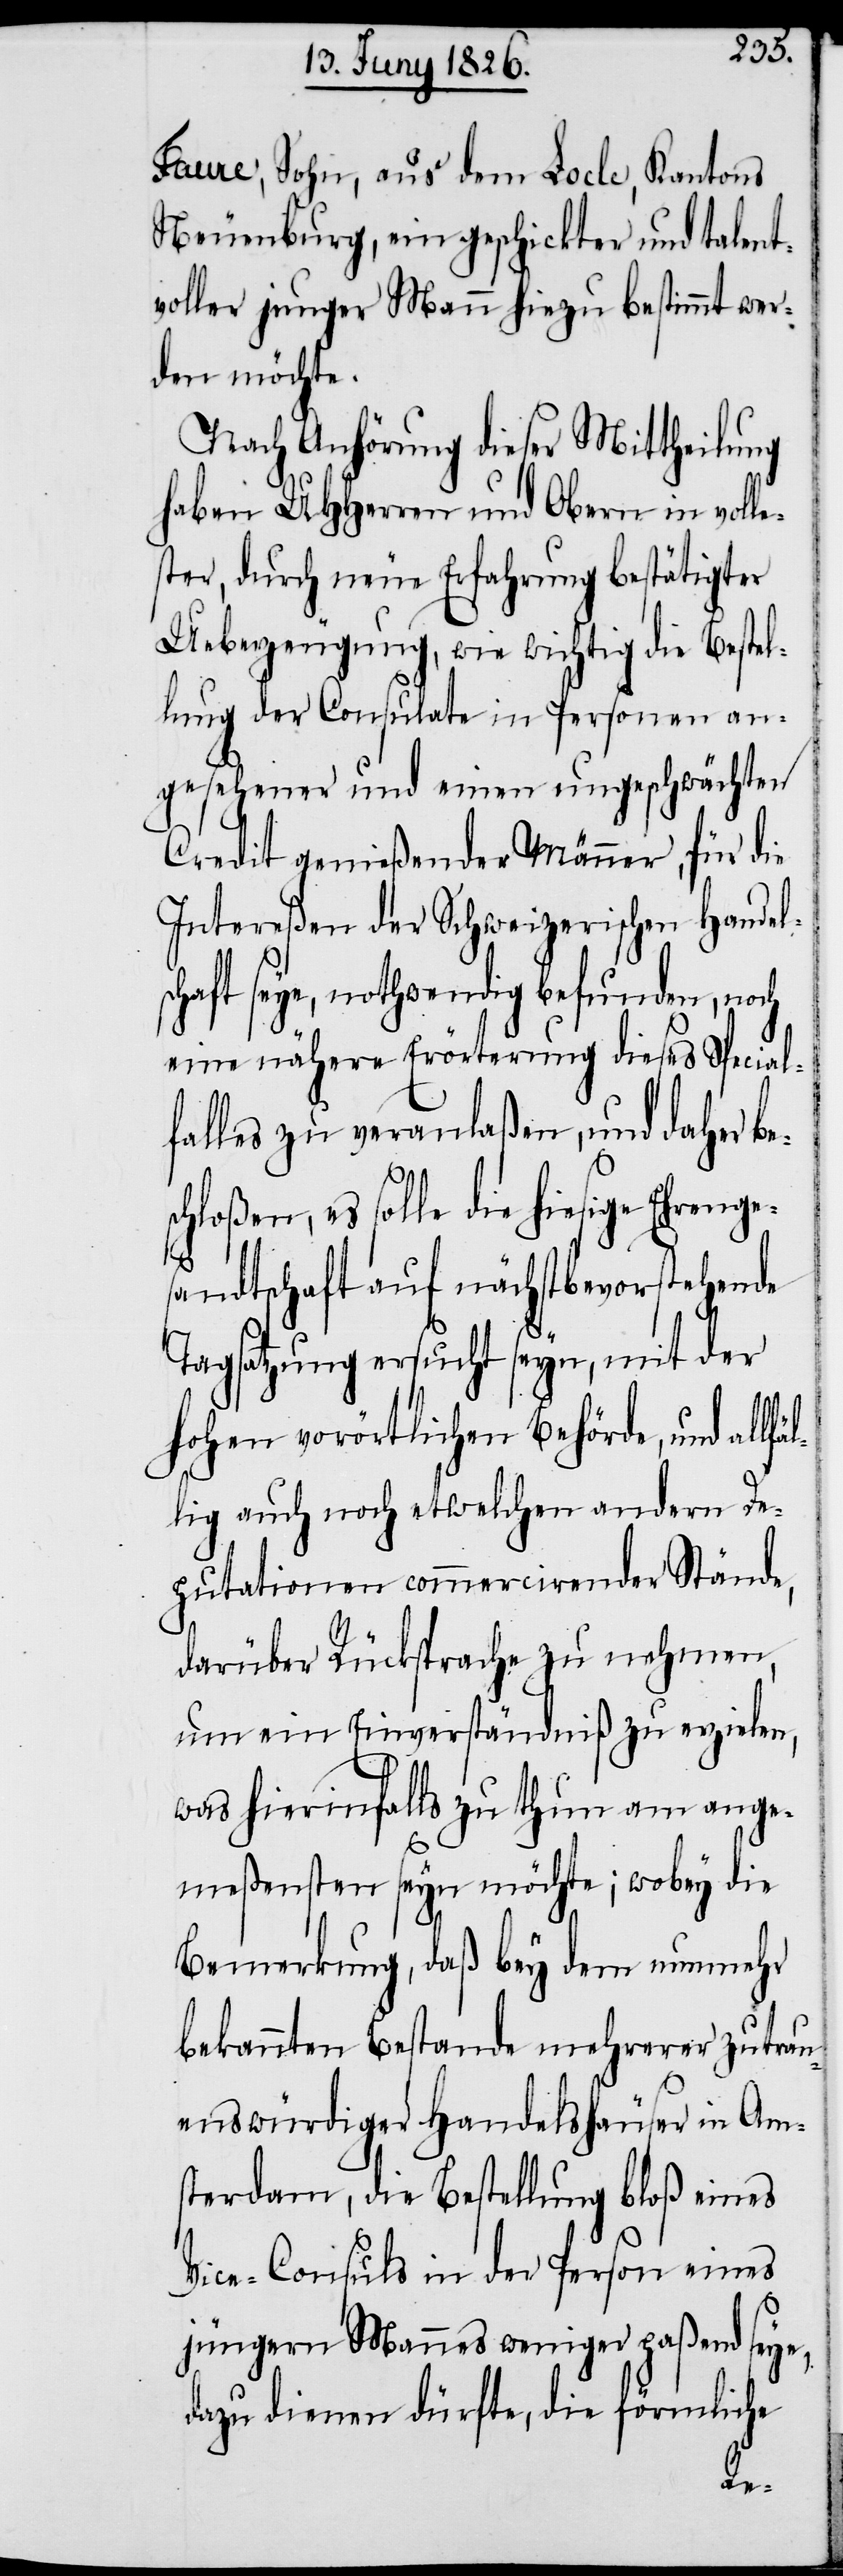
Faure, Sohn, aus dem Locle, Kantons
Neuenburg, ein geschickter und talent¬
voller junger Mann hiezu bestimmt wer¬
den möchte.
Nach Anhörung dieser Mittheilung
haben UHHerren und Obern in voll¬
ster, durch neue Erfahrung bestätigter
Uberzeugung, wie wichtig die Bestel¬
lung der Consulate in Personen an¬
gesehener und einen ungeschwächten
Credit genießender Männer, für die
Intereßen der Schweizerischen Handels¬
chaft seye, nothwendig befunden, noch
eine nähere Erörterung dieses Special¬
falles zu veranlaßen, und daher be¬
hloßen, es solle die hiesige Ehrenge¬
sandtschaft auf nächstbevorstehende
Tagsatzung ersucht seyn, mit der
hohen vorörtlichen Behörde, und allf¬
lig auch noch etwelchen andern De¬
putationen commercirender Stände,
darüber Rücksprache zu nehmen,
um ein Einverständniß zu erzielen,
was hierinfalls zu thun am ange¬
meßensten seyn möchte; wobey die
Bemerkung, daß bey dem nunmehr
bekannten Bestande mehrerer zutrau¬
enswürdiger Handelshäuser in Am¬
sterdam, die Bestellung bloß eines
Vice-Consuls in der Person eines
jüngern Mannes weniger paßend seye,
dazu dienen dürfte, die förmliche
äl¬